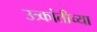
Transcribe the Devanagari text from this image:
उत्र्कांतीच्या